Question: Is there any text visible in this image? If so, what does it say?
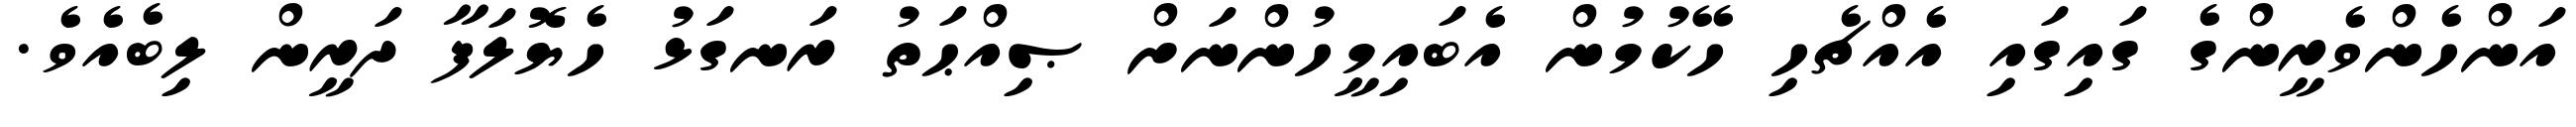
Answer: އަންހެންވެރީންގެ ގައިގައި އެއްޗެހި ހޭކުމުން އެބައިމީހުންނަށް ޞިއްޙަތު ރަނގަޅު ހެޔޮލަފާ ދަރީން ލިބެއެވެ.